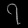
Digit: ၇